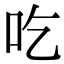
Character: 吃